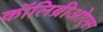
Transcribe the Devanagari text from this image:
कॉलिब्रीओएस